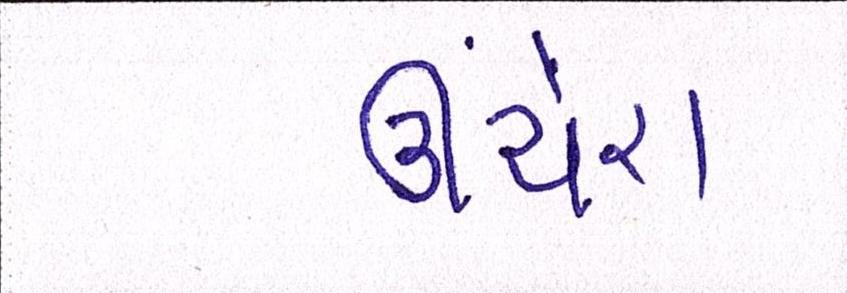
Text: ઊંચેરા